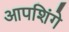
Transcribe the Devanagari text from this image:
आपशिंगे